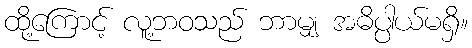
ထို့ကြောင့် လူ့ဘဝသည် ဘာမျှ အဓိပ္ပါယ်မရှိ။